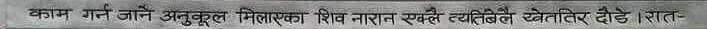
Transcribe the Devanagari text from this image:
कजल मर्न जाने अनुकूल मिलाएर शिव नाराज सक्छ यसले खेतीतिर दौडे । सात-